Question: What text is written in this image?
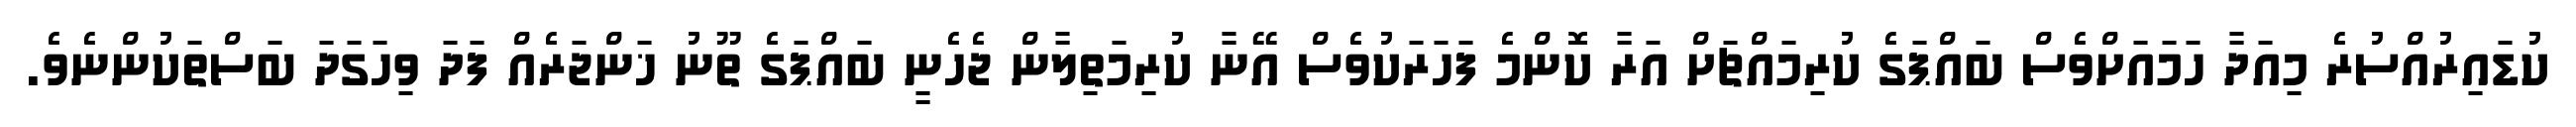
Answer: ކުޑައިރުއްސުރެ މިއަދާ ހަމައަށްވެސް ބައްޕަގެ ކުރިމައްޗަށް އަރާ ކޮންމެ ފަހަރަކުވެސް އޭނާ ކުރިމަތިލާން ޖެހެނީ ބައްޕަގެ ތޫނު ޚަންޖަރެއް ފަދަ ވިހަގަދަ ބަސްތަކުންނެވެ.